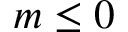
m \leq 0